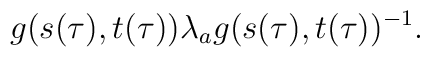
g(s(\tau),t(\tau)){\lambda}_ag(s(\tau),t(\tau))^{-1}.